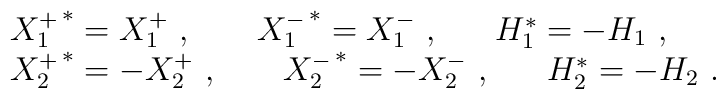
\begin{array}{l}\left.X_1^+\right.^*=X_1^+~,~~~~~\left.X_1^-\right.^*=X_1^-~,~~~~~H_1^*=-H_1~,\\\left.X_2^+\right.^*=-X_2^+~,~~~~~\left.X_2^-\right.^*=-X_2^-~,~~~~~H_2^*=-H_2~.\end{array}